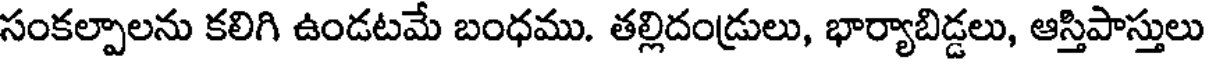
సంకల్పాలను కలిగి ఉండటమే బంధము. తల్లిదండ్రులు, భార్యాబిడ్డలు, ఆస్తిపాస్తులు